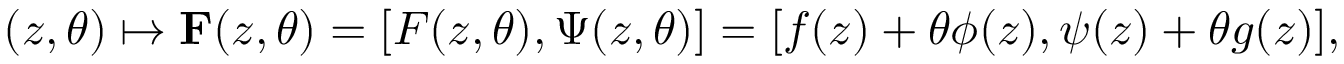
( z , \theta ) \mapsto { \bf F } ( z , \theta ) = [ F ( z , \theta ) , \Psi ( z , \theta ) ] = [ f ( z ) + \theta \phi ( z ) , \psi ( z ) + \theta g ( z ) ] ,